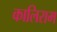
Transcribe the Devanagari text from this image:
कालिराम